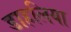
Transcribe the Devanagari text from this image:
डाहलिया